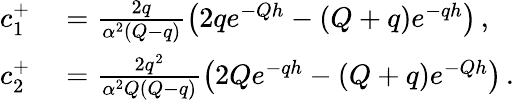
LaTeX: \begin{array}{rl}{c_{1}^{+}}&{{}=\frac{2q}{\alpha^{2}\left(Q-q\right)}\left(2qe^{-Qh}-\left(Q+q\right)e^{-qh}\right)\, ,}\\ {c_{2}^{+}}&{{}=\frac{2q^{2}}{\alpha^{2}Q\left(Q-q\right)}\left(2Qe^{-qh}-\left(Q+q\right)e^{-Qh}\right)\, .}\end{array}